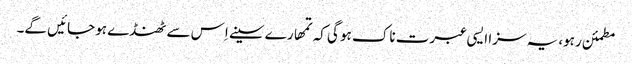
مطمئن رہو، یہ سزا ایسی عبرت ناک ہو گی کہ تمھارے سینے اِس سے ٹھنڈے ہو جائیں گے۔